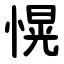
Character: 愰